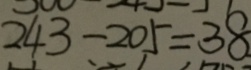
2 4 3 - 2 0 5 = 3 8